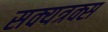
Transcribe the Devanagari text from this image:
सक्यत्रक्स